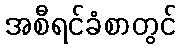
အစီရင်ခံစာတွင်